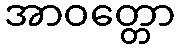
အာဝတ္တော